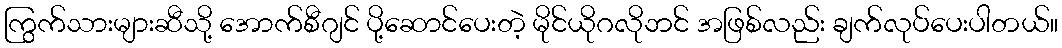
ကြွက်သားများဆီသို့ အောက်စီဂျင် ပို့ဆောင်ပေးတဲ့ မိုင်ယိုဂလိုဘင် အဖြစ်လည်း ချက်လုပ်ပေးပါတယ်။